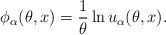
LaTeX: \begin{align*} \phi_{\alpha}(\theta,x)= \frac{1}{\theta} \ln u_{\alpha}(\theta,x) .\end{align*}